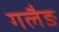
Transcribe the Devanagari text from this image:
गलैङ